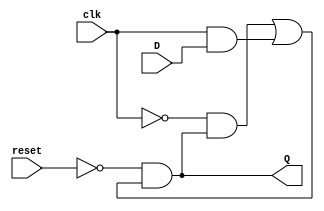
// Copyright (C) 2020  Intel Corporation. All rights reserved.
// Your use of Intel Corporation's design tools, logic functions 
// and other software and tools, and any partner logic 
// functions, and any output files from any of the foregoing 
// (including device programming or simulation files), and any 
// associated documentation or information are expressly subject 
// to the terms and conditions of the Intel Program License 
// Subscription Agreement, the Intel Quartus Prime License Agreement,
// the Intel FPGA IP License Agreement, or other applicable license
// agreement, including, without limitation, that your use is for
// the sole purpose of programming logic devices manufactured by
// Intel and sold by Intel or its authorized distributors.  Please
// refer to the applicable agreement for further details, at
// https://fpgasoftware.intel.com/eula.

// PROGRAM		"Quartus Prime"
// VERSION		"Version 20.1.1 Build 720 11/11/2020 SJ Lite Edition"
// CREATED		"Tue Aug 15 10:56:57 2023"

module DSwitch(
	clk,
	reset,
	D,
	Q
);


input wire	clk;
input wire	reset;
input wire	D;
output wire	Q;

wire	___Dclk___OR___Q___NOTclk______;
wire	Dclk;
wire	NOTclk;
wire	NOTreset;
wire	Q__NOTclk__;
wire	Q_ALTERA_SYNTHESIZED;




assign	NOTreset =  ~reset;

assign	NOTclk =  ~clk;

assign	Q_ALTERA_SYNTHESIZED = NOTreset & ___Dclk___OR___Q___NOTclk______;

assign	Q__NOTclk__ = NOTclk & Q_ALTERA_SYNTHESIZED;

assign	___Dclk___OR___Q___NOTclk______ = Q__NOTclk__ | Dclk;

assign	Dclk = clk & D;

assign	Q = Q_ALTERA_SYNTHESIZED;

endmodule